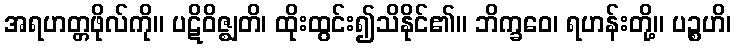
အရဟတ္တဖိုလ်ကို။ ပဋိဝိဇ္ဈတိ၊ ထိုးထွင်း၍သိနိုင်၏။ ဘိက္ခဝေ၊ ရဟန်းတို့။ ပဉ္စဟိ၊